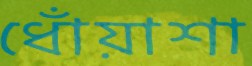
ধোঁয়াশা